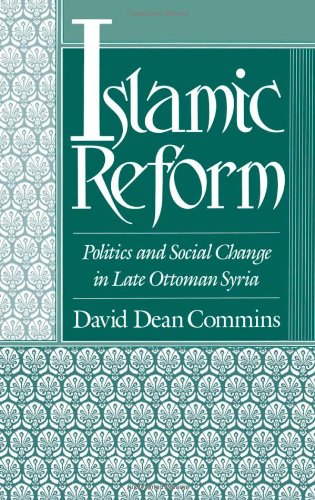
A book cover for Islamic Reform: Politics and Social Change in Late Ottoman Syria (Studies in Middle Eastern History); David Dean Commins; History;